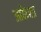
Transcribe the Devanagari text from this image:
आकेशा